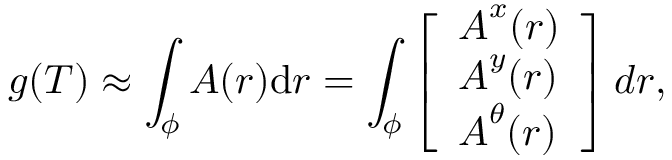
g ( T ) \approx \int _ { \phi } { \boldsymbol { A } ( \boldsymbol { r } ) \mathrm { d } \boldsymbol { r } } = \int _ { \phi } \left[ \begin{array} { l } { \boldsymbol { A } ^ { x } ( \boldsymbol { r } ) } \\ { \boldsymbol { A } ^ { y } ( \boldsymbol { r } ) } \\ { \boldsymbol { A } ^ { \theta } ( \boldsymbol { r } ) } \end{array} \right] d \boldsymbol { r } ,